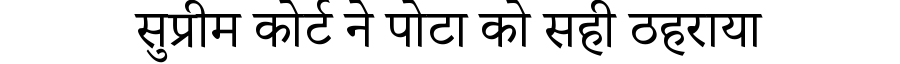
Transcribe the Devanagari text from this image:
सुप्रीम कोर्ट ने पोटा को सही ठहराया